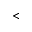
<